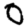
Digit: 0